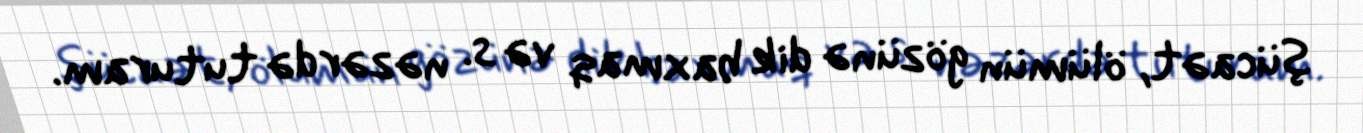
şücaət, ölümün gözünə dik baxmaq və s. nəzərdə tuturam.